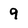
Character: 9